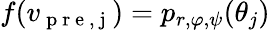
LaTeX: f(v_{\mathrm{~p~r~e~,~j~}})=p_{r,\varphi,\psi}(\theta_{j})